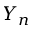
Y _ { n }